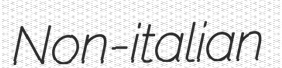
Non-italian